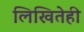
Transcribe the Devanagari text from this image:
लिखितेही